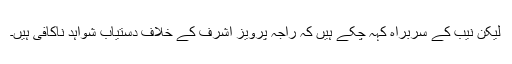
لیکن نیب کے سربراہ کہہ چکے ہیں کہ راجہ پرویز اشرف کے خلاف دستیاب شواہد ناکافی ہیں۔